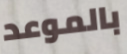
بالموعد